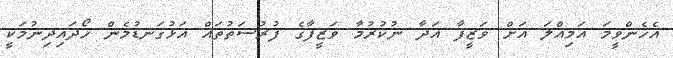
އެހެންވީމަ އަމިއްލަ އަށް ވަޒީފާ އަދާ ނުކުރުމާ ވަޒީފާގެ ފުރުސަތުތައް އަޅުގަނޑުމެން ހޯދައިދިނުމަކީ